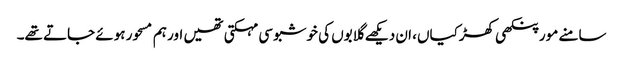
سامنے مور پنکھی کھڑکیاں، ان دیکھے گلابوں کی خوشبو سی مہکتی تھیں اور ہم مسحور ہوئے جاتے تھے۔